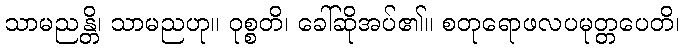
သာမညန္တိ၊ သာမညဟု။ ဝုစ္စတိ၊ ခေါ်ဆိုအပ်၏။ စတုရောဖလပမုတ္တပေတိ၊